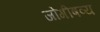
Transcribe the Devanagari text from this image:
जोगीषव्य